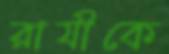
রাযীকে